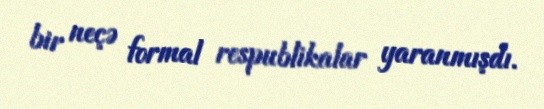
bir neçə formal respublikalar yaranmışdı.